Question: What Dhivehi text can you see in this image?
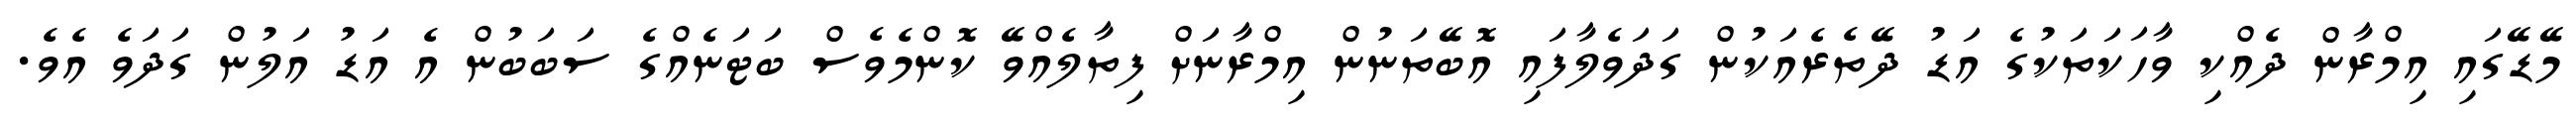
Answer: މޭޑޭގައި އިމްރާން ދެއްކި ވާހަކަތަކުގެ އަޑު ދޭތެރެއަކުން ގަދަވެލާފައި އޮބޭތަނުން އިމްރާނަށް ފިތާލެއްވޭ ކޮންމެވެސް ބަޓަނެއްގެ ސަބަބުން އެ އަޑު އަލުން ގަދަވެ އެވެ.